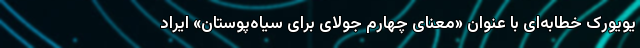
یویورک خطابه‌ای با عنوان «معنای چهارم جولای برای سیاه‌پوستان» ایراد